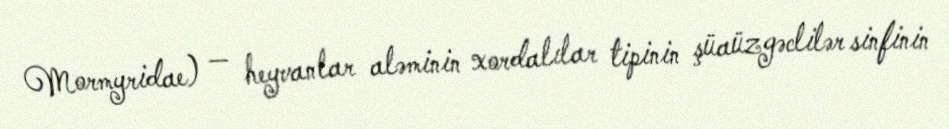
Mormyridae) — heyvanlar aləminin xordalılar tipinin şüaüzgəclilər sinfinin